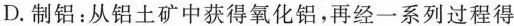
D.制铝：从铝土矿中获得氧化铝，再经一系列过程得